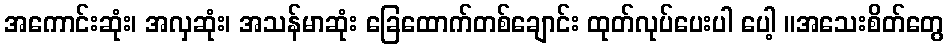
အကောင်းဆုံး၊ အလှဆုံး၊ အသန်မာဆုံး ခြေထောက်တစ်ချောင်း ထုတ်လုပ်ပေးပါ ပေါ့ ။အသေးစိတ်တွေ